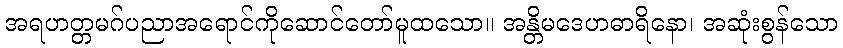
အရဟတ္တမဂ်ပညာအရောင်ကိုဆောင်တော်မူထသော။ အန္တိမဒေဟဓာရိနော၊ အဆုံးစွန်သော